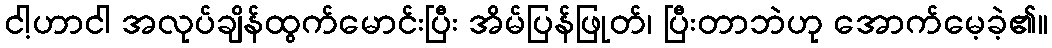
ငါ့ဟာငါ အလုပ်ချိန်ထွက်မောင်းပြီး အိမ်ပြန်ဖြုတ်၊ ပြီးတာဘဲဟု အောက်မေ့ခဲ့၏။